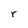
Character: r